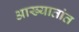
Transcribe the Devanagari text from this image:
आख्यातांत